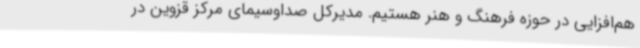
هم‌افزایی در حوزه فرهنگ و هنر هستیم. مدیرکل صداوسیمای مرکز قزوین در